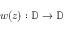
w ( z ) : \mathbb { D } \rightarrow \mathbb { D }